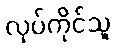
လုပ်ကိုင်သူ